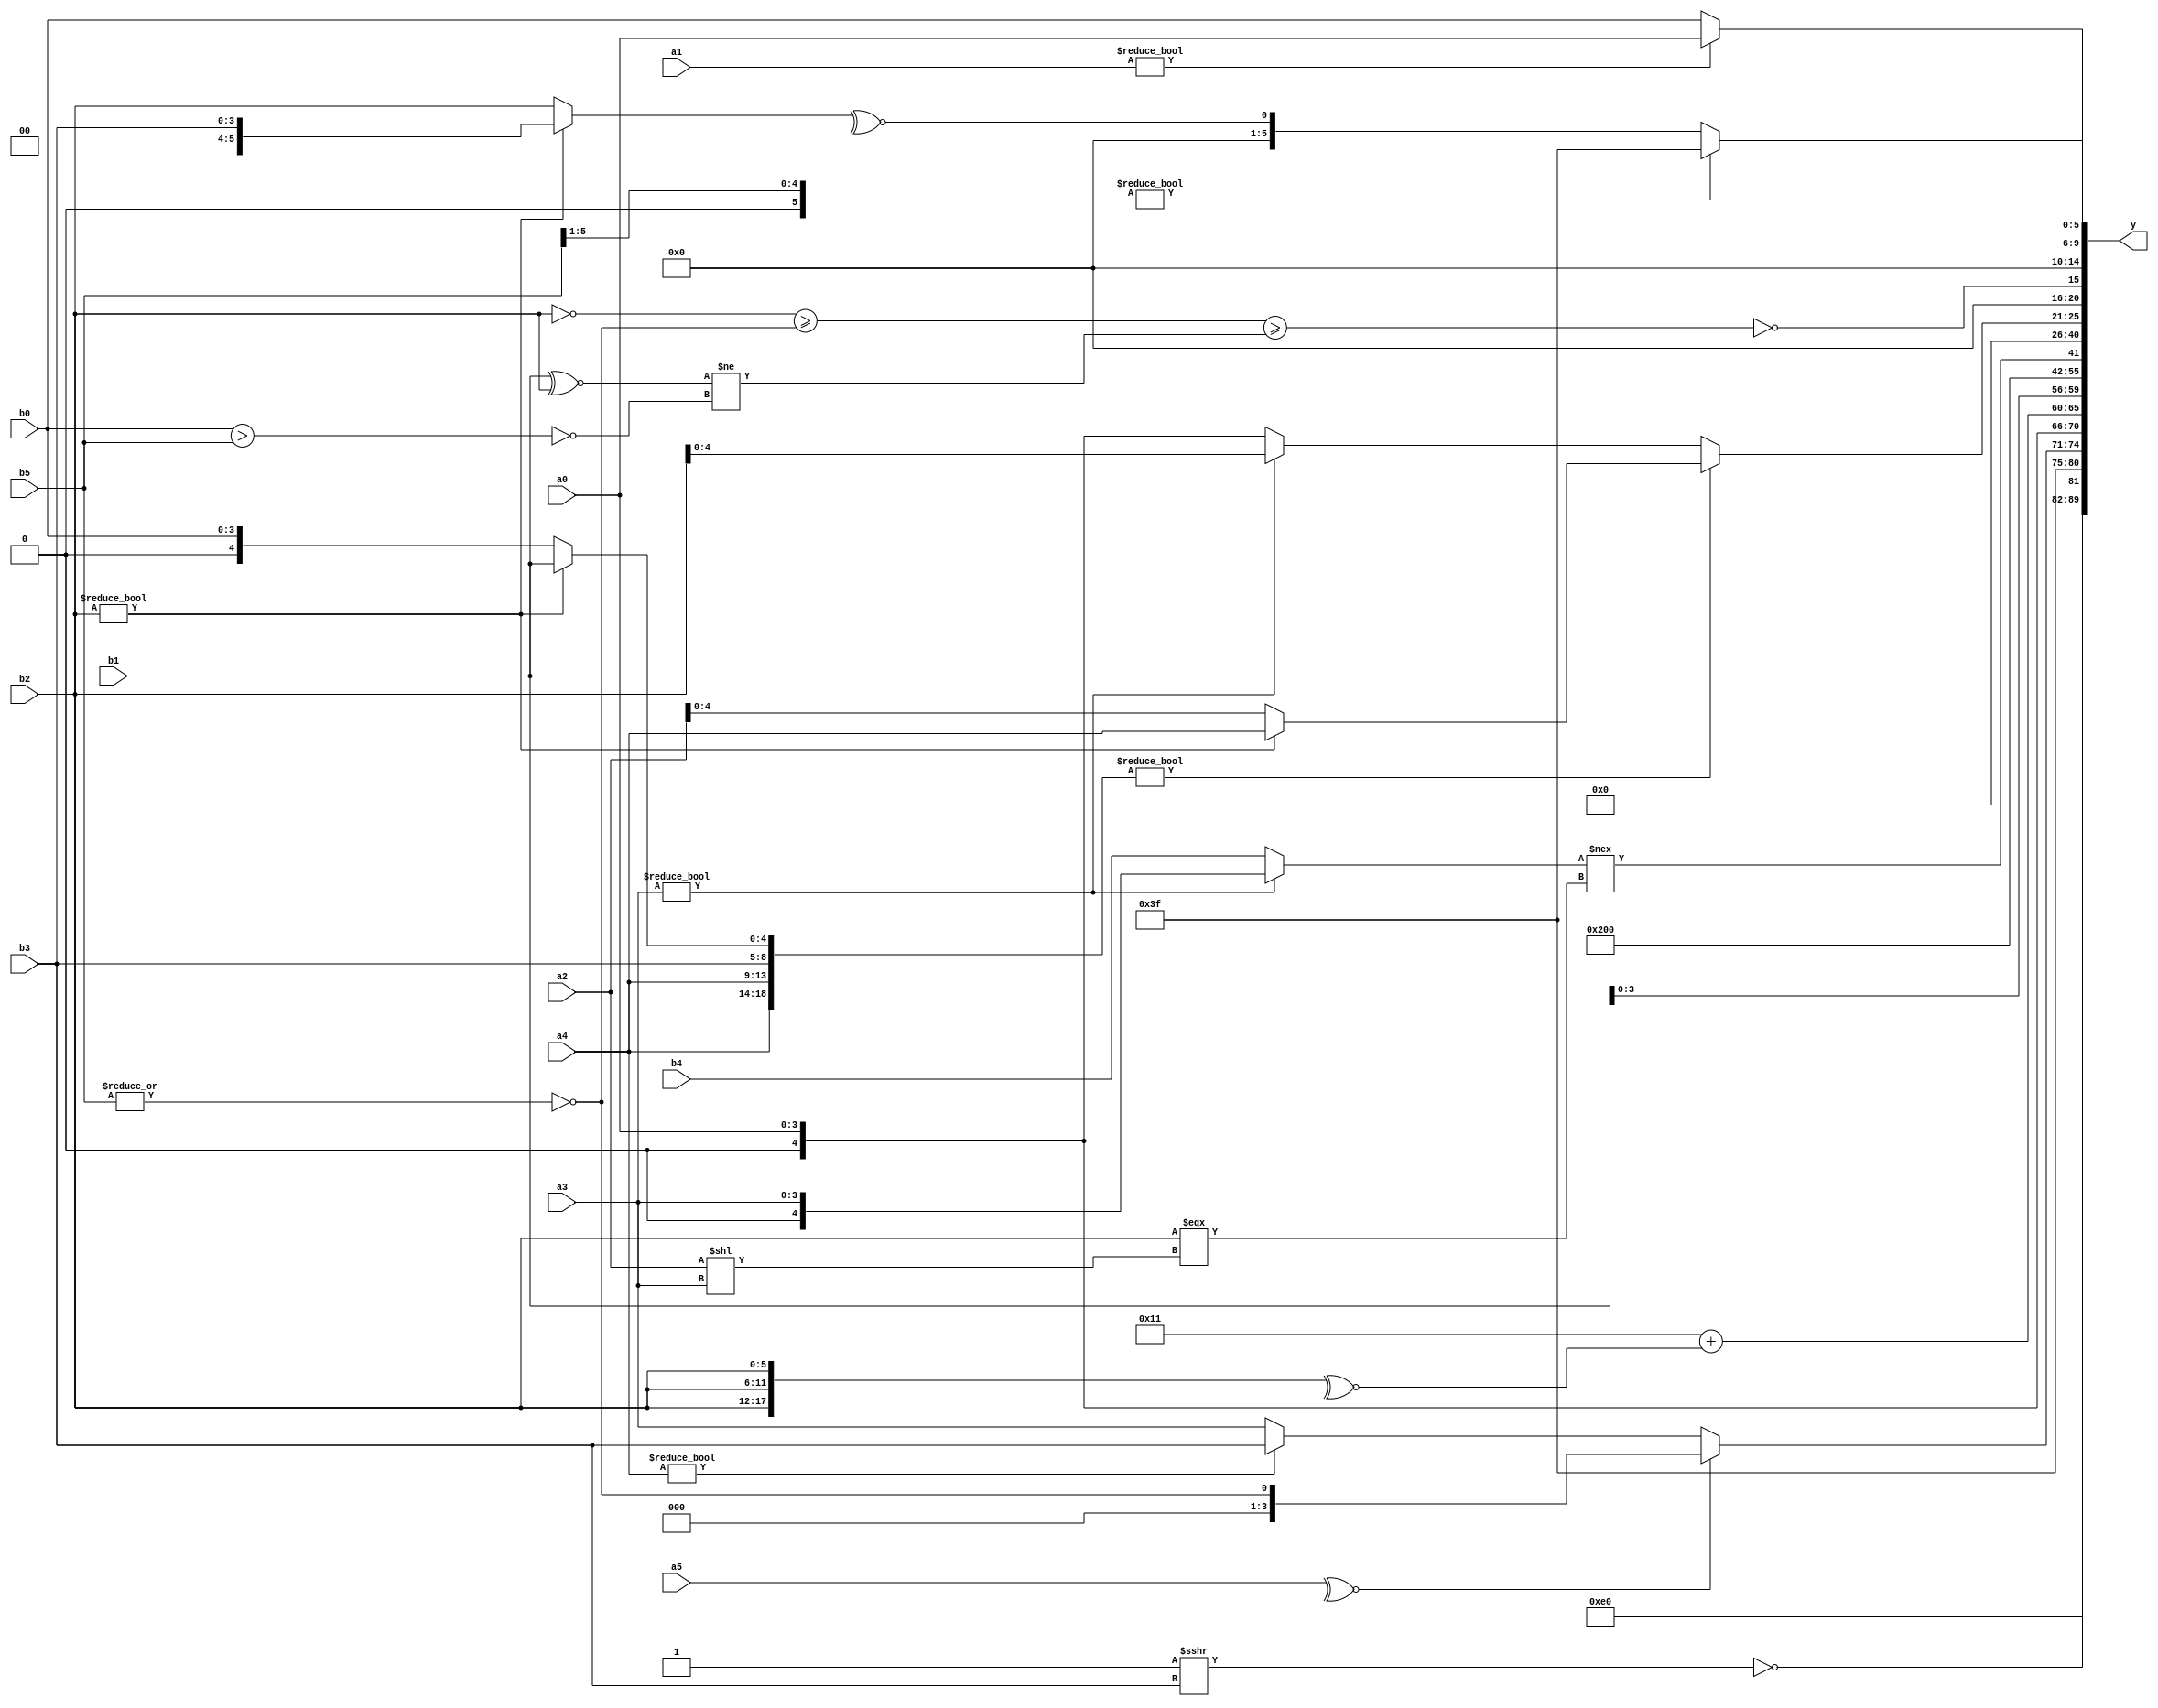
module expression_00344(a0, a1, a2, a3, a4, a5, b0, b1, b2, b3, b4, b5, y);
  input [3:0] a0;
  input [4:0] a1;
  input [5:0] a2;
  input signed [3:0] a3;
  input signed [4:0] a4;
  input signed [5:0] a5;

  input [3:0] b0;
  input [4:0] b1;
  input [5:0] b2;
  input signed [3:0] b3;
  input signed [4:0] b4;
  input signed [5:0] b5;

  wire [3:0] y0;
  wire [4:0] y1;
  wire [5:0] y2;
  wire signed [3:0] y3;
  wire signed [4:0] y4;
  wire signed [5:0] y5;
  wire [3:0] y6;
  wire [4:0] y7;
  wire [5:0] y8;
  wire signed [3:0] y9;
  wire signed [4:0] y10;
  wire signed [5:0] y11;
  wire [3:0] y12;
  wire [4:0] y13;
  wire [5:0] y14;
  wire signed [3:0] y15;
  wire signed [4:0] y16;
  wire signed [5:0] y17;

  output [89:0] y;
  assign y = {y0,y1,y2,y3,y4,y5,y6,y7,y8,y9,y10,y11,y12,y13,y14,y15,y16,y17};

  localparam [3:0] p0 = ((2'd3)?(5'sd10):(2'd0));
  localparam [4:0] p1 = {4{(2'd3)}};
  localparam [5:0] p2 = (((4'd4)&(5'sd2))-(2'd3));
  localparam signed [3:0] p3 = {1{(((3'd6)<(2'd0))>=((4'd3)+(2'd0)))}};
  localparam signed [4:0] p4 = ((((-5'sd15)?(-2'sd0):(5'sd2))?((4'sd7)&&(5'd31)):((-3'sd0)!==(-5'sd9)))|(((-3'sd1)?(-4'sd0):(3'sd1))||((4'sd3)?(-5'sd6):(5'd14))));
  localparam signed [5:0] p5 = ((-4'sd1)<(2'sd0));
  localparam [3:0] p6 = (^((2'd1)?(4'd14):(5'd23)));
  localparam [4:0] p7 = {2{({4{(-4'sd0)}}^((2'd3)>>(-3'sd0)))}};
  localparam [5:0] p8 = (((~&{(2'sd0),(2'd1)})^~{((5'd24)^~(2'd0)),(&(2'd3))})|{(+((5'd2 * (3'd2))||(~^(|(-5'sd6)))))});
  localparam signed [3:0] p9 = {4{(-5'sd4)}};
  localparam signed [4:0] p10 = (|(~((-2'sd1)===(3'd2))));
  localparam signed [5:0] p11 = ((((5'd1)?(-5'sd12):(5'sd7))>>>{4{(-2'sd1)}})?((2'd2)?(-3'sd0):(-4'sd2)):((3'd7)?(-4'sd4):(2'sd0)));
  localparam [3:0] p12 = ((2'sd1)||(-2'sd1));
  localparam [4:0] p13 = (4'd2 * ((2'd3)!=(3'd7)));
  localparam [5:0] p14 = {2{(4'sd2)}};
  localparam signed [3:0] p15 = (4'd2);
  localparam signed [4:0] p16 = {3{(-2'sd1)}};
  localparam signed [5:0] p17 = {{1{{1{((3'sd2)&&(-5'sd5))}}}},{4{(2'd3)}},({(2'd3),(-5'sd3),(-3'sd1)}+((2'd2)>=(2'd2)))};

  assign y0 = (-3'sd2);
  assign y1 = (!(p16>>>b3));
  assign y2 = (-2'sd1);
  assign y3 = ({(~^a5)}?(~&(|b5)):(a4?b3:a3));
  assign y4 = {a0};
  assign y5 = ((5'd17)+(~^{3{b2}}));
  assign y6 = {p12,b1};
  assign y7 = (((p7<b2)<<(p3+p9))||((p14||p6)|{(p2|p16)}));
  assign y8 = (3'sd0);
  assign y9 = ((a3?a3:b4)!==({1{b2}}===(a2<<a3)));
  assign y10 = {2{(~^(~&((p3?p8:b4)?{3{p6}}:(a2?p5:p10))))}};
  assign y11 = (-4'sd0);
  assign y12 = ({1{({4{p17}}<<<(p12<=p6))}}?((p7?p0:p1)<<(p7^~p11)):{2{(p16?p6:p8)}});
  assign y13 = ($signed({{a4,a4,b3},(b2?b1:b0)})?$signed({(b2?a4:a2)}):((a3?b2:a0)));
  assign y14 = (!((^((~b2)>=(~|b5)))>=((b1^~b2)!=(~(b0>b5)))));
  assign y15 = ((p11?p11:p6)<(+(~^p12)));
  assign y16 = (a1?a0:b0);
  assign y17 = ((b5>>p12)?(-(^p2)):(~^(b2?b3:b2)));
endmodule